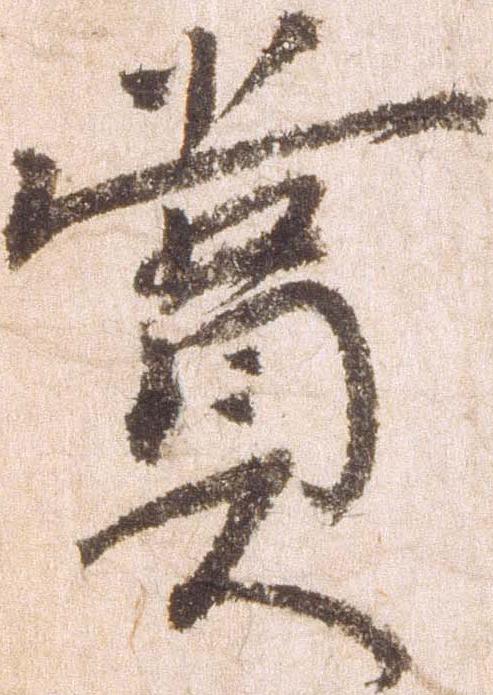
賞